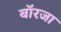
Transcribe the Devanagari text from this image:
बॉरजा